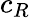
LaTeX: c_{R}